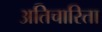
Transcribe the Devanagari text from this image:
अतिचारिता